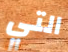
التي